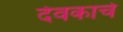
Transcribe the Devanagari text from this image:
देवकाचे